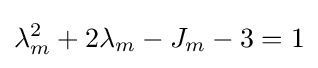
\lambda _{m}^{2}+2\lambda _{m}-J_{m}-3=1